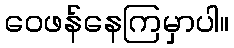
ဝေဖန်နေကြမှာပါ။